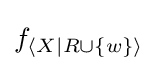
f_{\langle X|R\cup \{w\}\rangle }